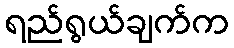
ရည်ရွယ်ချက်က